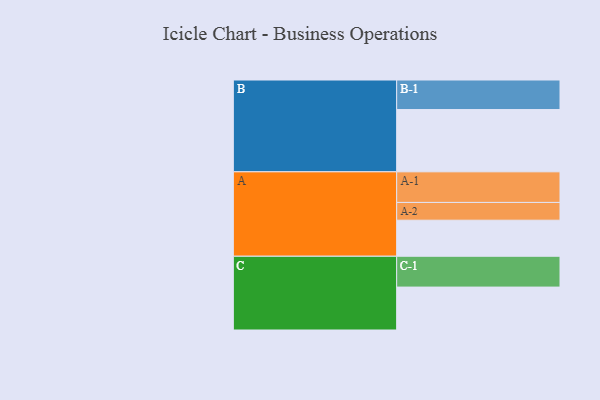
{"axis": {"x": "Segment", "y": "Value"}, "legend": ["", "A", "B", "C"], "data": [{"x": "A", "y": 337, "type": ""}, {"x": "B", "y": 582, "type": ""}, {"x": "C", "y": 401, "type": ""}, {"x": "A-1", "y": 286, "type": "A"}, {"x": "A-2", "y": 166, "type": "A"}, {"x": "B-1", "y": 276, "type": "B"}, {"x": "C-1", "y": 288, "type": "C"}]}